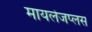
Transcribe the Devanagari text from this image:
मायलेजप्लस